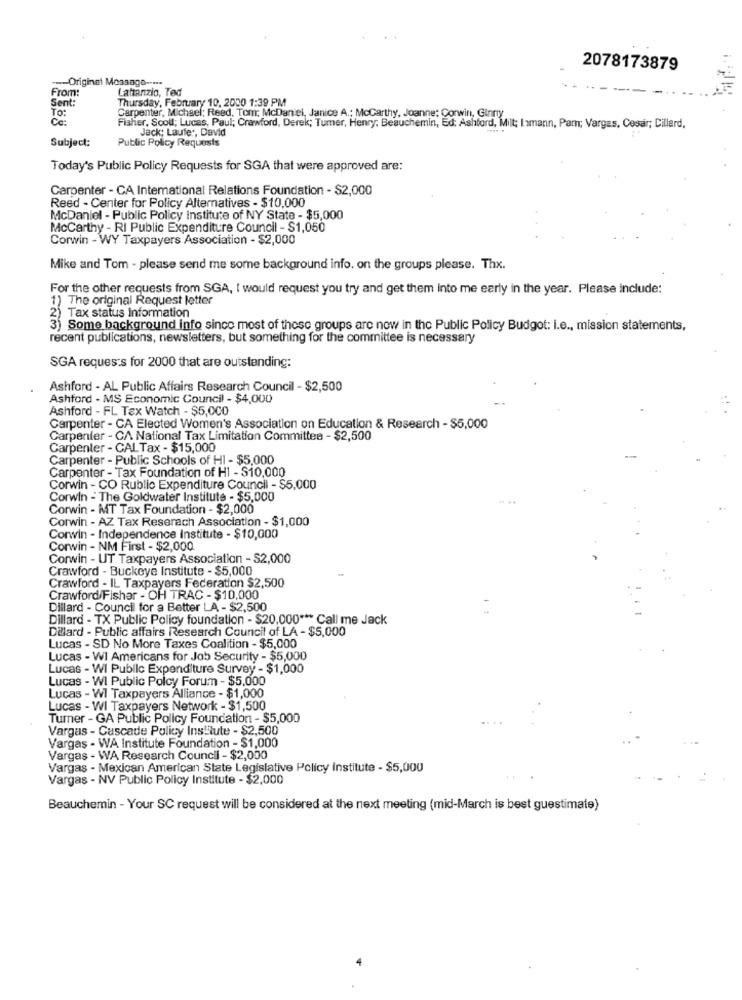
2078173879
--- Original Message -----
From:
Lattanzio, Ted
Sent:
Thursday, February 10, 2000 1:39 PM
TO:
Ce:
Carpenter, Michael: Reed, Tom: McDaniel, Janice A .; Mccarthy, Joanne: Corwin, Ginny
Fisher, Scoll; Lucas, Paul; Crawford, Derek; Tumer, Henry; Beauchemin, Ed; Ashford, Milt; lamann, Pam; Vargas, Cesar; Cillard,
Jack: Laufer, David
Subject:
Public Policy Requests
Today's Public Policy Requests for SGA that were approved are:
Carpenter - CA International Relations Foundation - $2,000
Reed - Center for Policy Alternatives - $10,000
McDaniel - Public Policy Institute of NY State - $5,000
McCarthy - RI Public Expenditure Council - $1,050
Corwin - WY Taxpayers Association - $2,000
Mike and Tom - please send me some background info. on the groups please. Thx.
For the other requests from SGA, I would request you try and get them Into me early in the year. Please include:
1) The original Request letter
2) Tax status information
3) Some background info since most of these groups are now in the Public Policy Budget: i.e ., mission statements,
recent publications, newsletters, but something for the committee is necessary
SGA requests for 2000 that are outstanding:
Ashford - AL Public Affairs Research Council - $2,500
Ashford - MS Economic Council - $4,000
Ashford - FL Tex Watch - $5,000
Carpenter - CA Elected Women's Association on Education & Research - $5,000
Carpenter - CA National Tax Limitation Committee - $2,500
Carpenter - CAL Tax - $15,000
Carpenter - Public Schools of HI - $5,000
Carpenter - Tax Foundation of H1 - S10,000
Corwin - CO Rublic Expenditure Council - $5,000
Corwin - The Goldwater Institute - $5,000
Corwin - MT Tax Foundation - $2,000
Corwin - AZ Tax Reserach Association - $1,000
Corwin - Independence Institute - $10,000
Corwin - NM First - $2,000
Corwin - UT Taxpayers Association - $2,000
Crawford - Buckeye Institute - $5,000
Crawford - IL Taxpayers Federation $2,500
Crawford/Fisher - OH TRAC - $10,000
Dillard - Council for a Better LA - $2,500
Dillard - TX Public Policy foundation - $20,000 *** Call me Jack
Dillard - Public affairs Research Council of LA - $5,000
Lucas - SD No More Taxes Coalition - $5,000
Lucas - Wl Americans for Job Security - $5,000
Lucas - WI Public Expenditure Survey - $1,000
Lucas - WI Public Polcy Forum - $5,000
Lucas - Wl Taxpayers Alliance - $1,000
Lucas - WI Taxpayers Network - $1,500
Turner - GA Public Policy Foundation - $5,000
Vargas - Cascade Policy Institute - $2,500
Vargas - WA Institute Foundation - $1,000
Vargas - WA Research Council - $2,000
Vargas - Mexican American State Legislative Policy Institute - $5,000
Vargas - NV Public Policy Institute - $2,000
Beauchemin - Your SC request will be considered at the next meeting (mid-March is best guestimate)